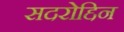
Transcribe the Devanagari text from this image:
सदरोद्दिन